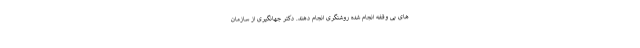
های بی وقفه انجام شده روشنگری انجام دهند. دکتر جهانگیری از سازمان